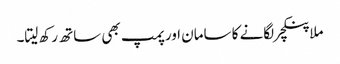
ملا پنکچر لگانے کا سامان اور پمپ بھی ساتھ رکھ لیتا۔